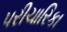
પરીચારિકા